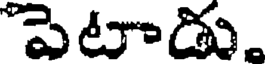
పెటాడు.